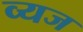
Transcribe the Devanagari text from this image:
व्यज